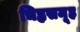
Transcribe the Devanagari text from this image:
चिह्नसमूह